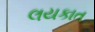
લયકાત